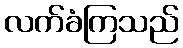
လက်ခံကြသည်